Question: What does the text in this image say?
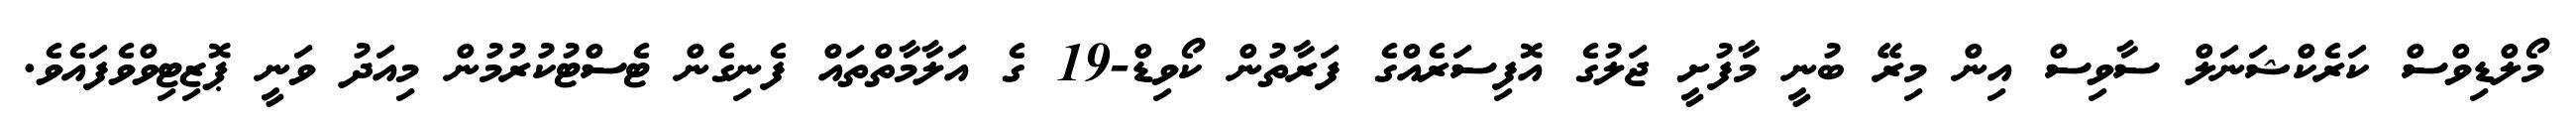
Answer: މޯލްޑިވްސް ކަރެކްޝަނަލް ސާވިސް އިން މިރޭ ބުނީ މާފުށީ ޖަލުގެ އޮފިސަރެއްގެ ފަރާތުން ކޯވިޑް-19 ގެ އަލާމާތްތައް ފެނިގެން ޓެސްޓުކުރުމުން މިއަދު ވަނީ ޕޮޒިޓިވްވެފައެވެ.